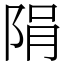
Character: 䧎